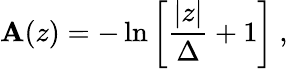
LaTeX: \mathbf{A}(z)=-\ln\left[{\frac{{|z|}}{{\Delta}}}+1\right]~,